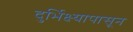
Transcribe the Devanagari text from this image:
दुर्भिक्ष्यापासून